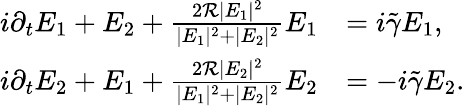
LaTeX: \begin{array}{rl}{i\partial_{t}E_{1}+E_{2}+\frac{2\mathcal R|E_{1}|^{2}}{|E_{1}|^{2}+|E_{2}|^{2}}E_{1}}&{=i\tilde{\gamma}E_{1},}\\ {i\partial_{t}E_{2}+E_{1}+\frac{2\mathcal R|E_{2}|^{2}}{|E_{1}|^{2}+|E_{2}|^{2}}E_{2}}&{=-i\tilde{\gamma}E_{2}.}\end{array}